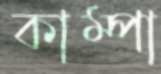
কাম্পা